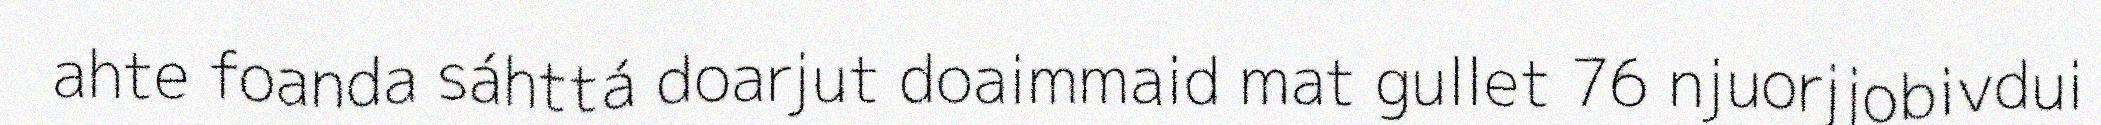
ahte foanda sáhttá doarjut doaimmaid mat gullet 76 njuorjjobivdui